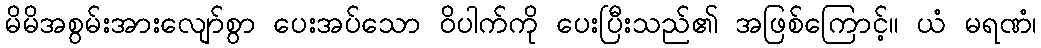
မိမိအစွမ်းအားလျော်စွာ ပေးအပ်သော ဝိပါက်ကို ပေးပြီးသည်၏ အဖြစ်ကြောင့်။ ယံ မရဏံ၊